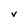
Character: V